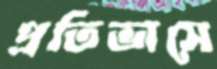
প্রতিভাসে